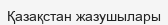
Қазақстан жазушылары